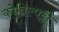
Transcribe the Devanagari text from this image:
कोविल्पट्टी